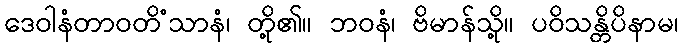
ဒေဝါနံတာဝတိံသာနံ၊ တို့၏။ ဘဝနံ၊ ဗိမာန်သို့။ ပဝိသန္တိပိနာမ၊